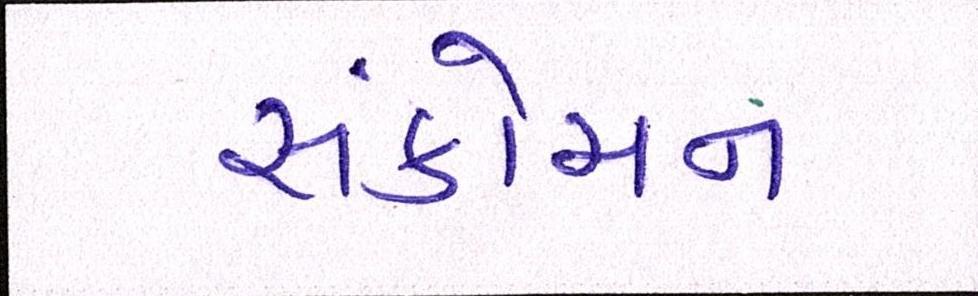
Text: સંકોચન